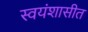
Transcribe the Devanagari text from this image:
स्वयंशासीत